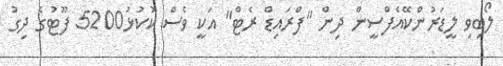
ލޯބިވި ލީޑަރުންކޭއެފްސީން ދިން "ފްރައިޑް ރެޓް" އަކީ ވެސް ކުކުޅު5200 ފޫޓުގެ ދިގު